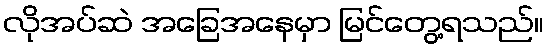
လိုအပ်ဆဲ အခြေအနေမှာ မြင်တွေ့ရသည်။